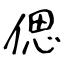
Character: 偲